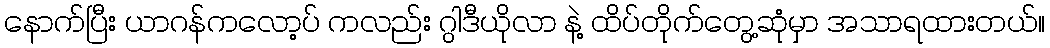
နောက်ပြီး ယာဂန်ကလော့ပ် ကလည်း ဂွါဒီယိုလာ နဲ့ ထိပ်တိုက်တွေ့ဆုံမှာ အသာရထားတယ်။